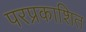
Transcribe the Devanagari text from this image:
परप्रकाशित